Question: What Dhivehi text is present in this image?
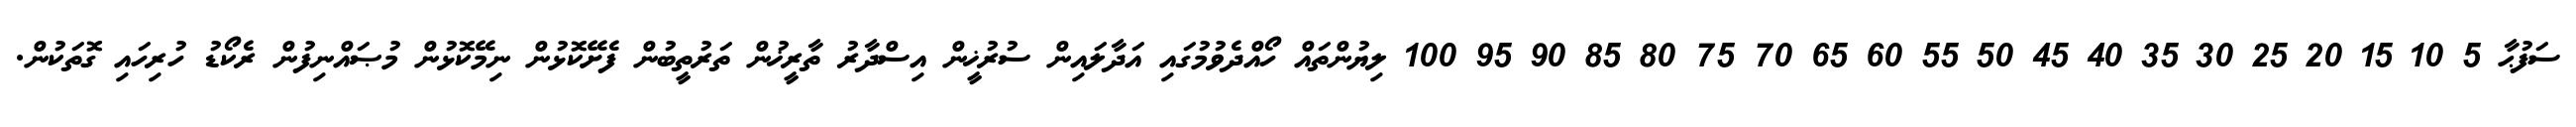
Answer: ސަފުޙާ 5 10 15 20 25 30 35 40 45 50 55 60 65 70 75 80 85 90 95 100 ލިޔުންތައް ހޯއްދެވުމުގައި އަދާލައިން ސުރުޚީން އިސްދާރު ތާރީޚުން ތަރުތީބުން ފެށޭކޮޅުން ނިމޭކޮޅުން މުޞައްނިފުން ރެކޯޑު ހުރިހައި ގޮތަކުން.